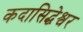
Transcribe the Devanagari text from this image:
कदासिद्धेश्वर